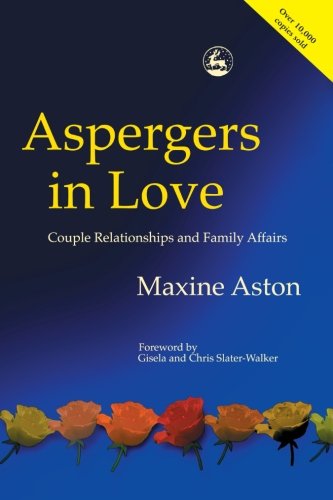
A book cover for Aspergers in Love: Couple Relationships and Family Affairs; Maxine Aston; Health, Fitness & Dieting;